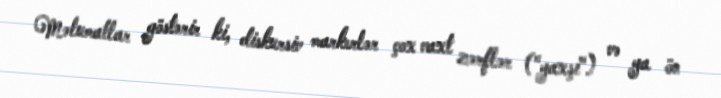
Məlumatlar göstərir ki, diskursiv markerlər çox vaxt zərflər ("yaxşı") və ya ön